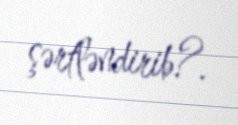
şərtləndirib?.